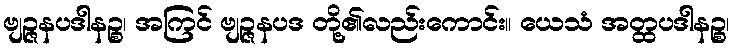
ဗျဉ္ဇနပဒါနဉ္စ၊ အကြင် ဗျဉ္ဇနပဒ တို့၏လည်းကောင်း။ ယေသံ အတ္ထပဒါနဉ္စ၊